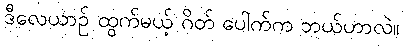
ဒီလေယာဉ် ထွက်မယ့် ဂိတ် ပေါက်က ဘယ်ဟာလဲ။